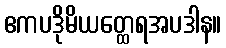
ဧကပဒိုမိယတ္ထေရအပဒါန။